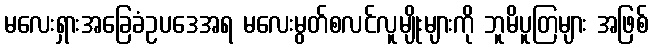
မလေးရှားအခြေခံဥပဒေအရ မလေးမွတ်စလင်လူမျိုးများကို ဘူမိပူတြများ အဖြစ်